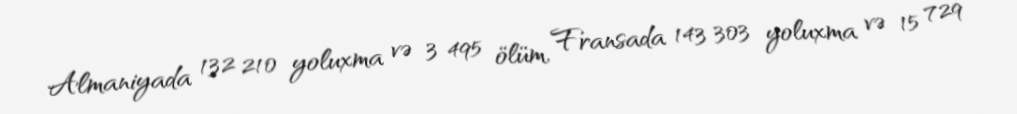
Almaniyada 132 210 yoluxma və 3 495 ölüm, Fransada 143 303 yoluxma və 15 729